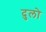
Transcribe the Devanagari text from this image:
दुलो